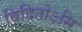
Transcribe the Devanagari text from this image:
विदितोऽसि